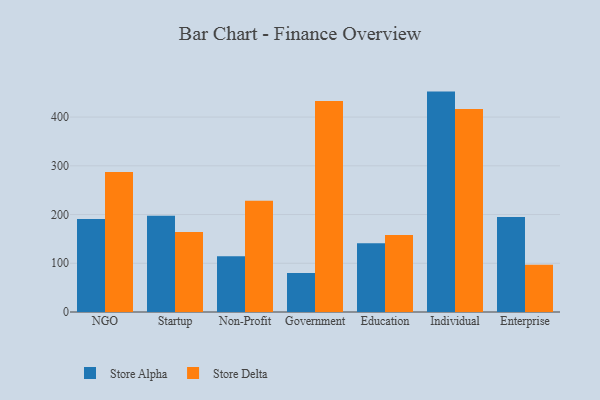
{"axis": {"x": "Segment", "y": "Shipments"}, "legend": ["Store Alpha", "Store Delta"], "data": [{"x": "NGO", "y": 190.9, "type": "Store Alpha"}, {"x": "NGO", "y": 287.4, "type": "Store Delta"}, {"x": "Startup", "y": 197.3, "type": "Store Alpha"}, {"x": "Startup", "y": 164.0, "type": "Store Delta"}, {"x": "Non-Profit", "y": 114.3, "type": "Store Alpha"}, {"x": "Non-Profit", "y": 228.5, "type": "Store Delta"}, {"x": "Government", "y": 79.8, "type": "Store Alpha"}, {"x": "Government", "y": 432.9, "type": "Store Delta"}, {"x": "Education", "y": 141.0, "type": "Store Alpha"}, {"x": "Education", "y": 157.8, "type": "Store Delta"}, {"x": "Individual", "y": 452.3, "type": "Store Alpha"}, {"x": "Individual", "y": 416.8, "type": "Store Delta"}, {"x": "Enterprise", "y": 194.9, "type": "Store Alpha"}, {"x": "Enterprise", "y": 96.8, "type": "Store Delta"}]}